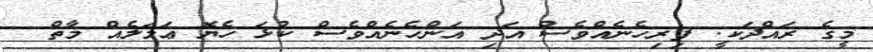
މީގެ ރައްދަކީ: ފިރިހެނެއްވެސް އަދި އަންހެނެއްވެސް ކުޅަ ހެޔޮ ޢަމަލެއް މާތް